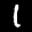
Label: 1